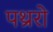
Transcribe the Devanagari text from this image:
पथ्ररो